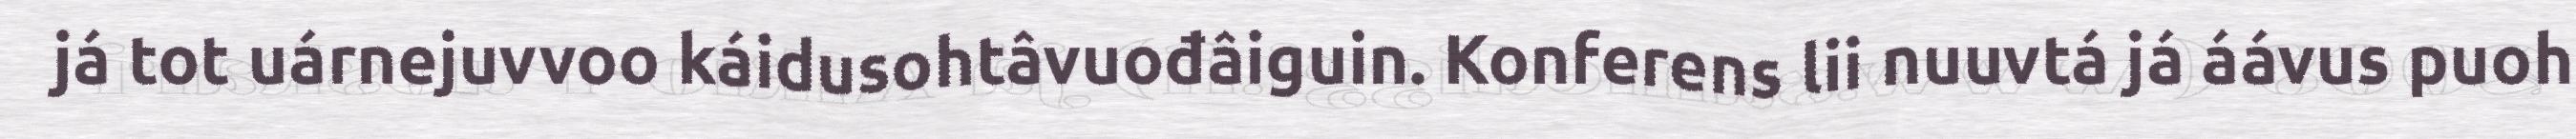
já tot uárnejuvvoo káidusohtâvuođâiguin. Konferens lii nuuvtá já áávus puoh